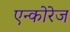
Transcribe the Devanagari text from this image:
एन्कोरेज